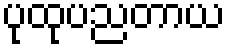
ပုထုပညတာယ